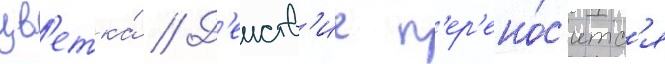
цв'етка́ // Д'еиств'ие п'ер'ено́с'итс'я